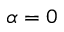
\alpha = 0